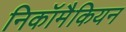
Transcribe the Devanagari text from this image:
निकॉमैकियन